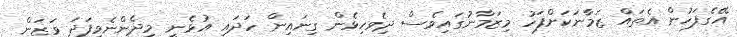
އޭގެފަހުން އެތައް ޒަމާނަކަށްފަހު މިޒަމާނުގައިވެސް ދިވެހިޅެން ގިނައިން ހަދައި އުޅެނީ މިދެންނެވިފަދަ ވަޒަން